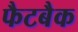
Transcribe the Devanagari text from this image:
फैटबैक